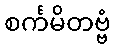
စင်္ကမိတဗ္ဗံ